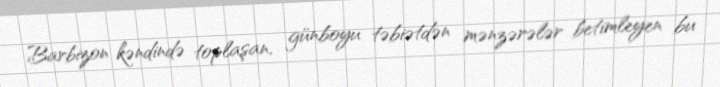
Barbizon kəndində toplaşan, günboyu təbiətdən mənzərələr betimleyen bu